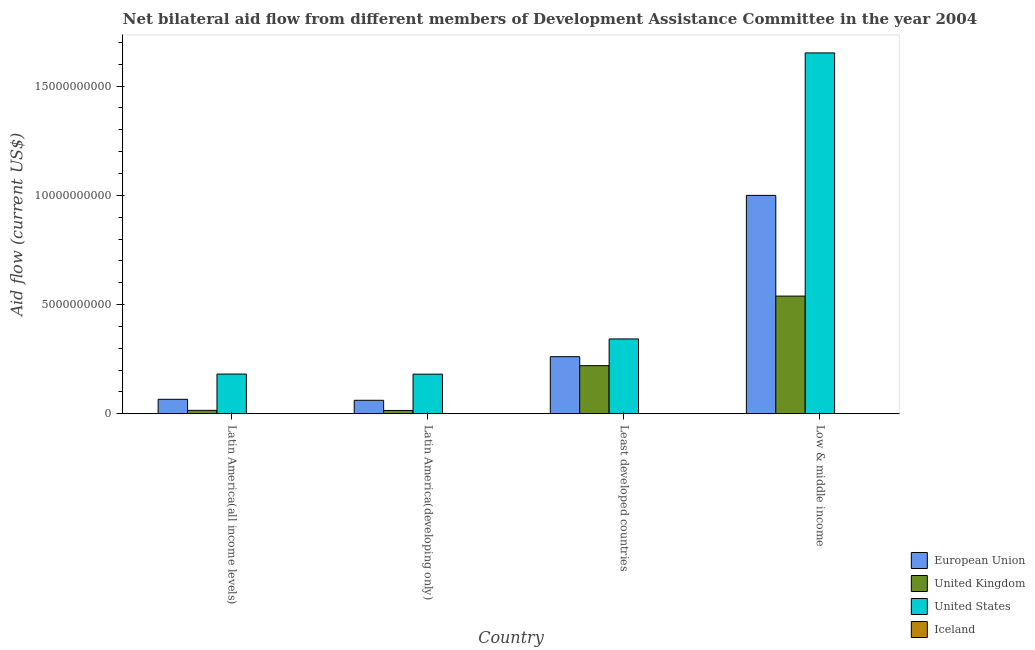
| Country | European Union | United Kingdom | United States | Iceland |
 | --- | --- | --- | --- | --- |
 | Latin America(all income levels) | 6.61e+08 | 1.55e+08 | 1.82e+09 | 6.01e+06 |
 | Latin America(developing only) | 6.16e+08 | 1.51e+08 | 1.81e+09 | 2.86e+06 |
 | Least developed countries | 2.61e+09 | 2.2e+09 | 3.43e+09 | 7.6e+06 |
 | Low & middle income | 1e+10 | 5.39e+09 | 1.65e+10 | 5e+04 |